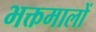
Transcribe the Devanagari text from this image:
भक्तमालों